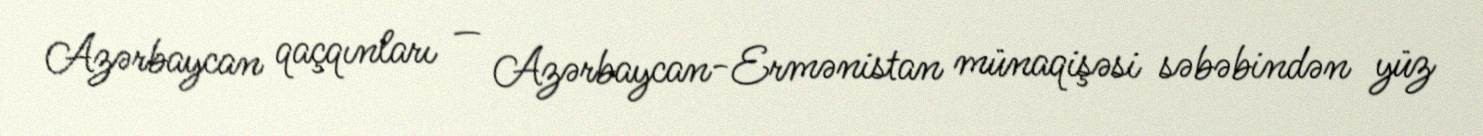
Azərbaycan qaçqınları — Azərbaycan-Ermənistan münaqişəsi səbəbindən yüz